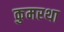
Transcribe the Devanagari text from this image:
कुमरथा